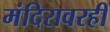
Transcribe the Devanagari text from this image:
मंदिरावरही